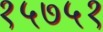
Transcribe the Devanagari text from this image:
१५७५१